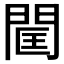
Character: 𨴑